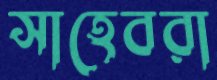
সাহেবরা